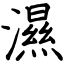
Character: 濕